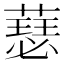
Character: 𫉝